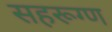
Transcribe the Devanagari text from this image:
सहरूग्ण